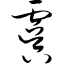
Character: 虞